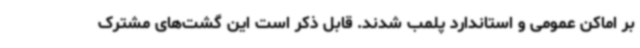
بر اماکن عمومی و استاندارد پلمب شدند. قابل ذکر است این گشت‌های مشترک